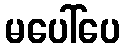
မပေါ်ပေ